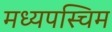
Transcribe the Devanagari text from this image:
मध्यपस्चिम